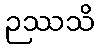
ဉဿသိ